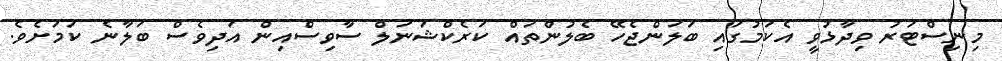
މިނިސްޓަރު ވިދާޅުވީ އެކަމުގައި ބަލަންޖެހޭ ބެލުންތައް ކަރެކްޝަނަލް ސާވިސްއިން އަދިވެސް ބަލާނެ ކަމަށެވެ.